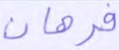
فرهان